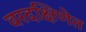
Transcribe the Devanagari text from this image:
वरदक्षिणेत